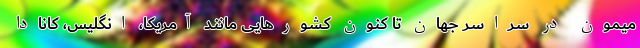
میمون در سراسر جهان تا کنون کشورهایی مانند آمریکا، انگلیس، کانادا